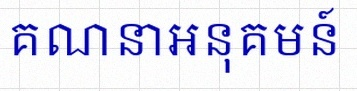
គណនាអនុគមន៍